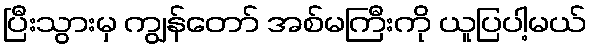
ပြီးသွားမှ ကျွန်တော် အစ်မကြီးကို ယူပြပါ့မယ်